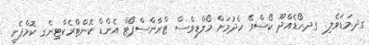
ގދ.މަޑަވެލި  ގދ.ހޯޑެއްދޫ ކޯސްވޭ ހެދުމަށް މޯލްޑިވްސް ޓްރާންސްޕޯޓް އެންޑް ކޮންޓްރެކްޓިންގ ކޮމްޕެނީ